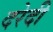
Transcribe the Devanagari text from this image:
दरेदी